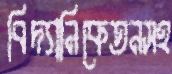
বিদ্যানিকেতনসহ